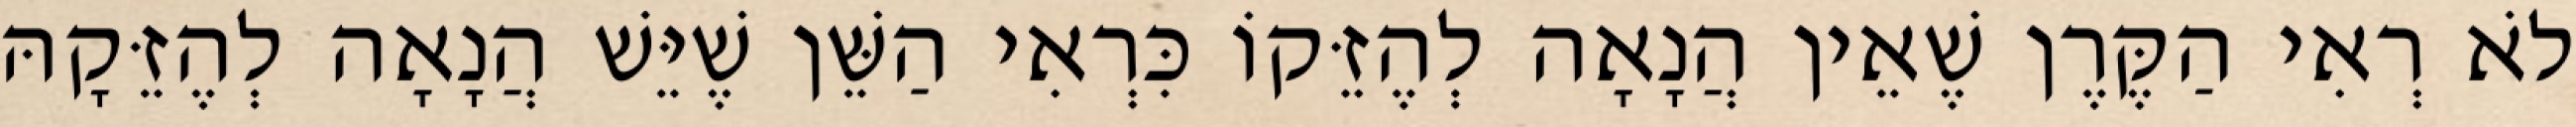
לֹא רְאִי הַקֶּרֶן שֶׁאֵין הֲנָאָה לְהֶזֵּקוֹ כִּרְאִי הַשֵּׁן שֶׁיֵּשׁ הֲנָאָה לְהֶזֵּקָהּ